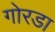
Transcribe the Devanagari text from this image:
गोरडा